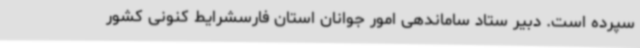
سپرده است. دبیر ستاد ساماندهی امور جوانان استان فارسشرایط کنونی کشور